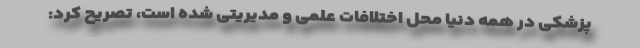
پزشکی در همه دنیا محل اختلافات علمی و مدیریتی شده است، تصریح کرد: